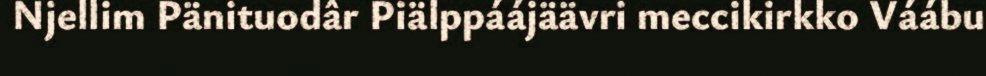
Njellim Pänituodâr Piälppáájäävri meccikirkko Váábu